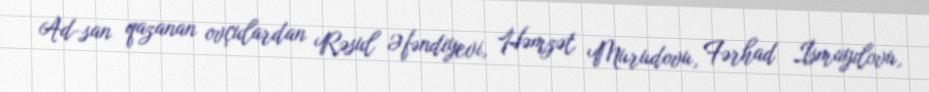
Ad-san qazanan ovçulardan Rəsul Əfəndiyevi, Həmzət Murudovu, Fərhad İsmayılovu,